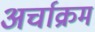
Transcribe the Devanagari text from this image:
अर्चाक्रम